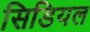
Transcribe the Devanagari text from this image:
सिडियल